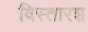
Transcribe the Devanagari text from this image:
विस्तारश